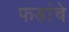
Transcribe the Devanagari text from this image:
फडांचे